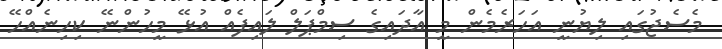
މެސެޖުގައި ލިޔުނީ އަހަރެމެން މީ އާދައިގެ ސިމްޕަލް ލައިފެއް އުޅޭ މީހުންނޭ ކިހިނެއްހޭ